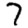
Digit: 7